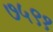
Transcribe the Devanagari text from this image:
७५९१